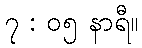
၇ : ၀၅ နာရီ။